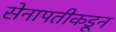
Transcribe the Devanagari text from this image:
सेनापतीकडून